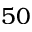
5 0